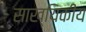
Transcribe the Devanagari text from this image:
साख्यिकीय